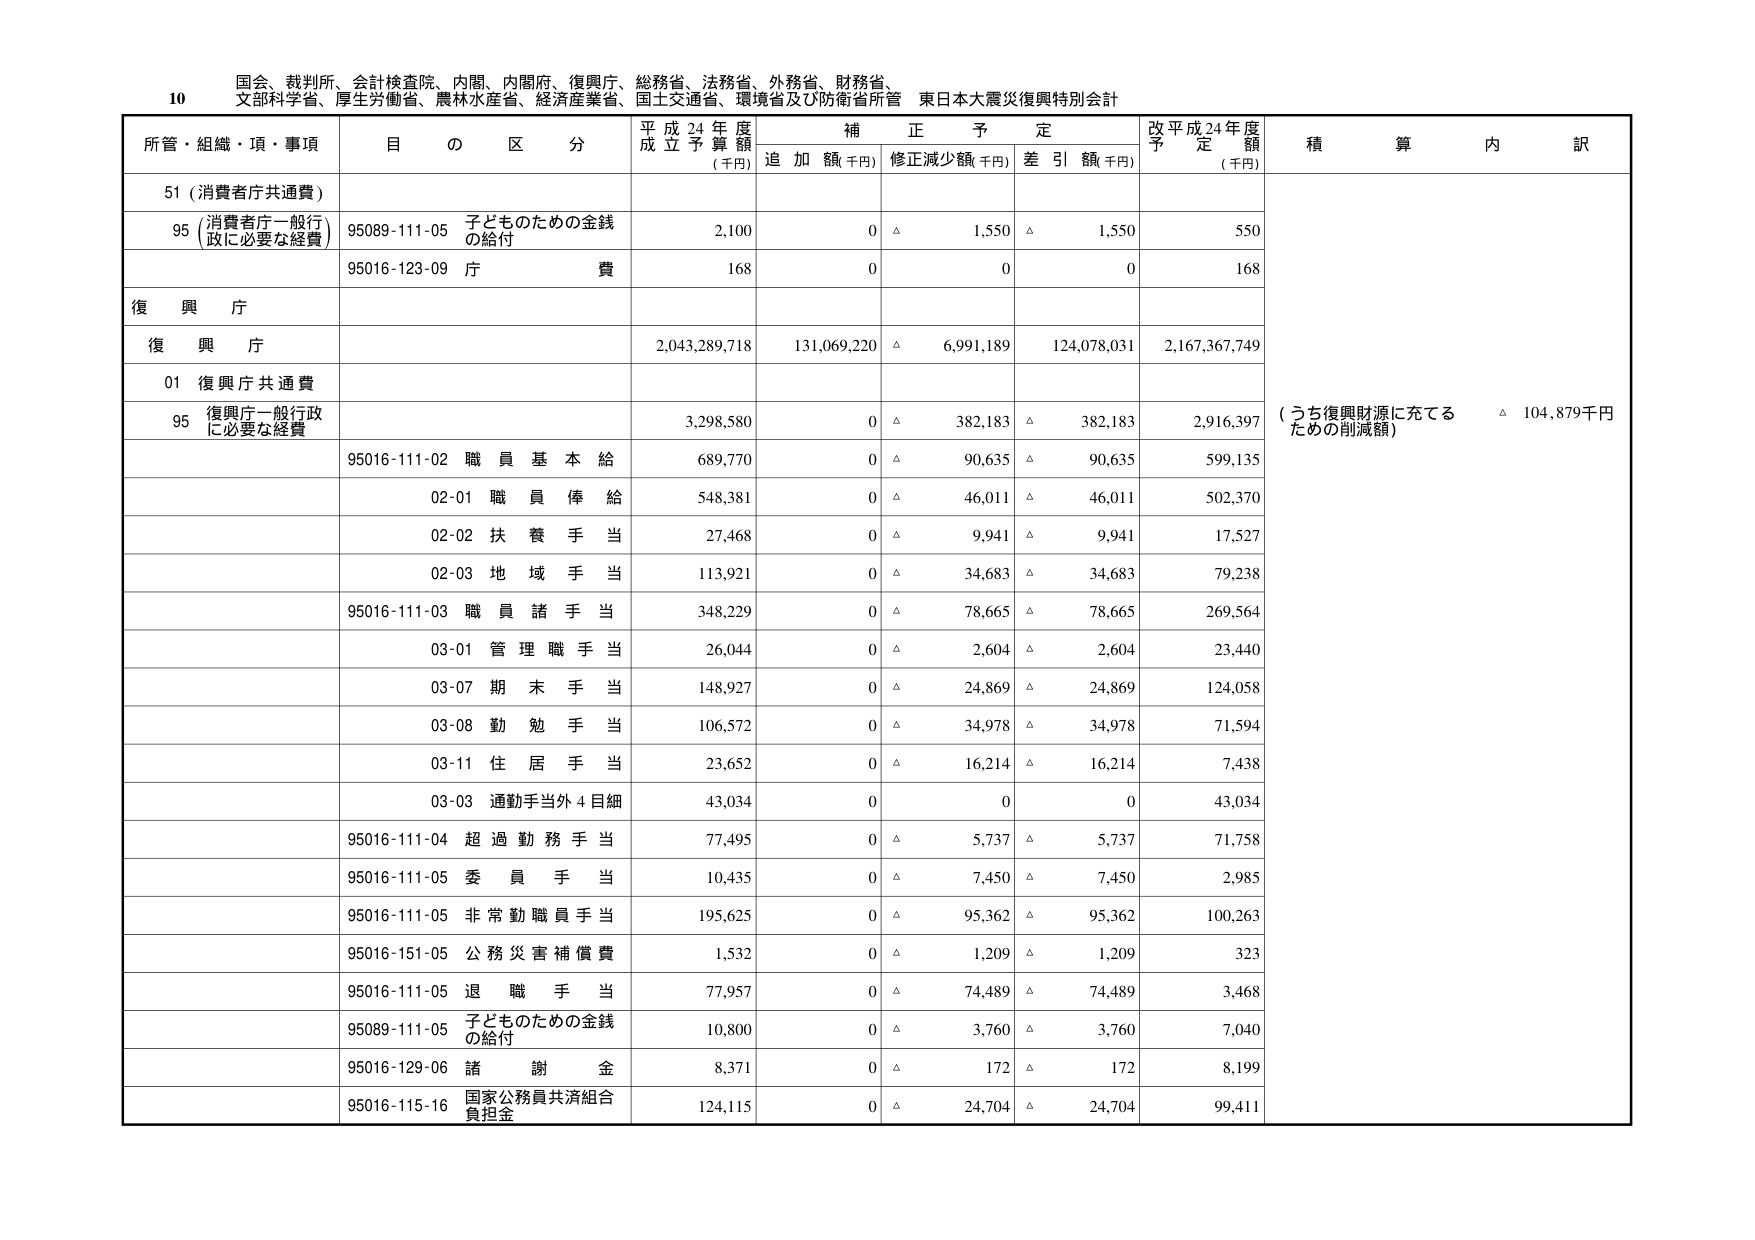
10 国会、裁判所、会計検査院、内閣、内閣府、復興庁、総務省、法務省、外務省、財務省、
文部科学省、厚生労働省、農林水産省、経済産業省、国土交通省、環境省及び防衛省所管 東日本大震災復興特別会計

所管・組織・項・事項 目 の 区 分 平成24年度 成立予算額 (千円) 補正予定 追加額(千円) 修正減少額(千円) 差引額(千円) 改平成24年度 予定額 (千円) 積算内訳

51 (消費者庁共通費)

95 (消費者庁一般行政に必要な経費) 95089-111-05 子どものための金銭 の給付 2,100 0 △ 1,550 △ 1,550 550
95016-123-09 庁費 168 0 0 0 168

復興庁

復興庁 2,043,289,718 131,069,220 △ 6,991,189 124,078,031 2,167,367,749

01 復興庁共通費

95 復興庁一般行政に必要な経費 3,298,580 0 △ 382,183 △ 382,183 2,916,397

95016-111-02 職員基本給 689,770 0 △ 90,635 △ 90,635 599,135
02-01 職員俸給 548,381 0 △ 46,011 △ 46,011 502,370
02-02 扶養手当 27,468 0 △ 9,941 △ 9,941 17,527
02-03 地域手当 113,921 0 △ 34,683 △ 34,683 79,238
95016-111-03 職員諸手当 348,229 0 △ 78,665 △ 78,665 269,564
03-01 管理職手当 26,044 0 △ 2,604 △ 2,604 23,440
03-07 期末手当 148,927 0 △ 24,869 △ 24,869 124,058
03-08 勤勉手当 106,572 0 △ 34,978 △ 34,978 71,594
03-11 住居手当 23,652 0 △ 16,214 △ 16,214 7,438
03-03 通勤手当外4目細 43,034 0 0 0 43,034
95016-111-04 超過勤務手当 77,495 0 △ 5,737 △ 5,737 71,758
95016-111-05 委員手当 10,435 0 △ 7,450 △ 7,450 2,985
95016-111-05 非常勤職員手当 195,625 0 △ 95,362 △ 95,362 100,263
95016-151-05 公務災害補償費 1,532 0 △ 1,209 △ 1,209 323
95016-111-05 退職手当 77,957 0 △ 74,489 △ 74,489 3,468
95089-111-05 子どものための金銭 の給付 10,800 0 △ 3,760 △ 3,760 7,040
95016-129-06 諸謝金 8,371 0 △ 172 △ 172 8,199
95016-115-16 国家公務員共済組合 負担金 124,115 0 △ 24,704 △ 24,704 99,411

(うち復興財源に充てる ための削減額) △ 104,879千円